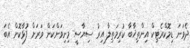
ދެވަނަ ޑިމޮކްރެޓިކް އިންތިޚާބާ ކުރިމަތިލާ އިރު ސިޔާސީ މިނިވަންކަން ވަރަށް ފުޅާކޮށް އެބަ